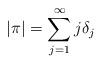
LaTeX: \begin{align*}|\pi|=\sum_{j=1}^\infty j\delta_j\end{align*}